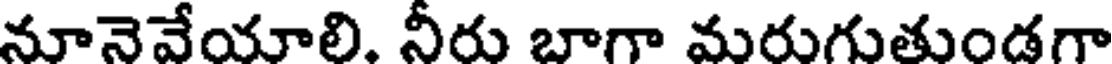
నూనెవేయాలి. నీరు బాగా మరుగుతుండగా